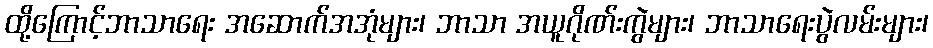
ထို့ကြောင့်ဘာသာရေး အဆောက်အအုံများ၊ ဘာသာ အယူဂိုဏ်းကွဲများ၊ ဘာသာရေးပွဲလမ်းများ၊